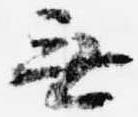
無